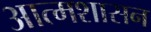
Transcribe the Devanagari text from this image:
आत्मशासन